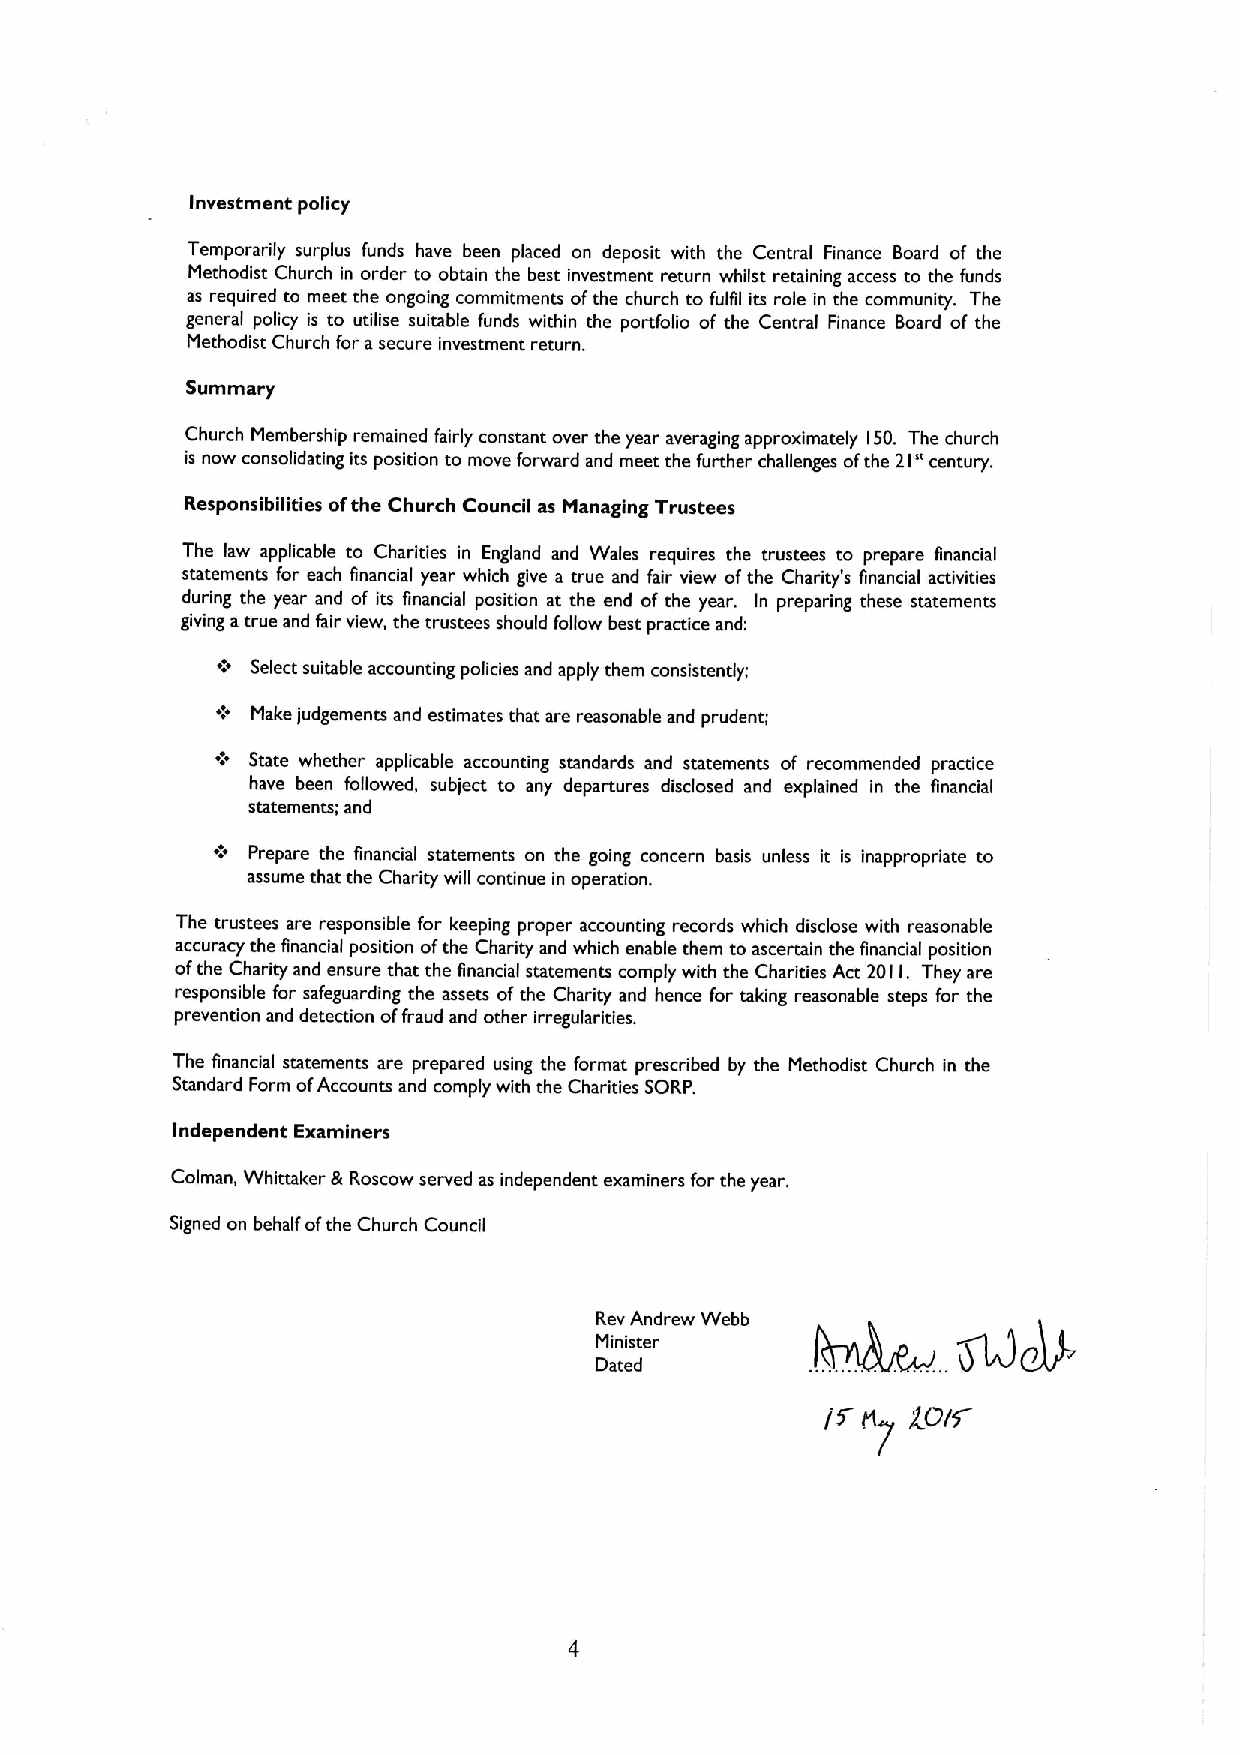
Investment policy
 Temporarily surplus funds have been placed on deposit with the Central Finance Board of the
 Methodist Church in order to obtain the best investment return whilst retaining access to the funds
 as required to meet the ongoing commitments ofthe church to fulgl its role in the community. The
 general policy is to utilise suitable funds within the portfolio of the Central Finance Board of the
 Methodist Church for asecure investment return.
 Summary
 Church Membership remained fairly constant over the year averaging approximately 150. The church
 is now consolidating its position to move forward and meet the further challenges ofthe 21" century.
 Responsibilities ofthe Church Council as Managing Trustees
 The law applicable to Charities in England and Wales requires the trustees to prepare Bnancial
 statements for each Bnancial year which give a true and fair view ofthe Charity's financial activities
 during the year and of its financial position at the end of the year. In preparing these statements
 giving atrue and fair view, the trustees should follow best practice and:
 Select suitable accounting policies and apply them consistently;
 Make judgements and estimates that are reasonable and prudent;
 State whether applicable accounting standards and statements of recommended practice
 have been followed, subject to any departures disclosed and explained in the Financial
 statements; and
 Prepare the Financial statements on the going concern basis unless it is inappropriate to
 assume that the Charity will continue in operation.
 The trustees are responsible for keeping proper accounting records which disclose with reasonable
 accuracy the Financial position ofthe Charity and which enable them to ascertain the financial position
 ofthe Charity and ensure that the Bnancial statements comply with the Charities Act 201I. They are
 responsible for safeguarding the assets ofthe Charity and hence for taking reasonable steps for the
 prevention and detection offraud and other irregularities.
 The Bnancial statements are prepared using the format prescribed by the Methodist Church in the
 Standard Form ofAccounts and comply with the Charities SORP.
 Independent Examiners
 Colman, Whittaker &Roscow served as independent examiners for the year.
 Signed on behalf ofthe Church Council
 Rev Andrew Webb
 Minister
 Dated